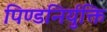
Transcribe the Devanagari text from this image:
पिण्डनिर्युक्ति